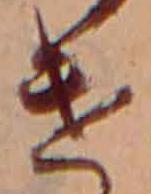
け